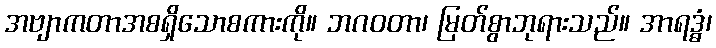
အဗျာကတာအစရှိသောစကားကို။ ဘဂဝတာ၊ မြတ်စွာဘုရားသည်။ အာရဒ္ဓံ၊